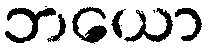
ဘယော